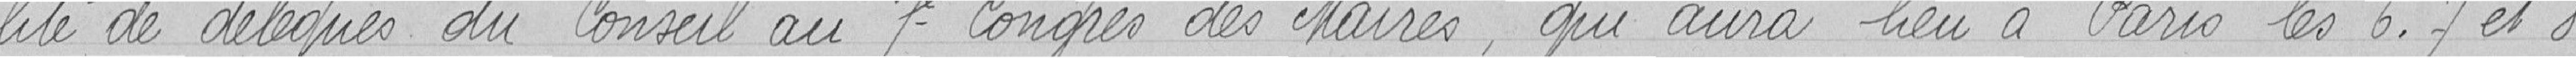
-lité de délégués du Conseil au 7ème Congrès des Maires, qui aura lieu à Paris les 6, 7 et 8